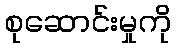
စုဆောင်းမှုကို